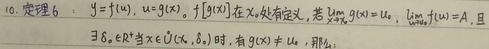
10. 定理 6：设\(y = f(u)\)，\(u = g(x)\)，\(f[g(x)]\)在\(x_{0}\)处有定义。若\(\lim\limits_{x \to x_{0}} g(x)=u_{0}\)，\(\lim\limits_{u \to u_{0}} f(u)=A\)，且\(\exists \delta_{0} \in \mathbb{R}^{+}\)，当\(x \in \dot{U}(x_{0}, \delta_{0})\)时，有\(g(x) \neq u_{0}\)，那么：